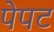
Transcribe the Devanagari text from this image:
पेपट